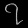
Digit: ၇